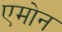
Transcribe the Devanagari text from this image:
एमोन